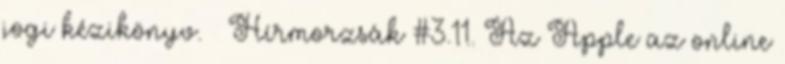
jogi kézikönyv. – Hírmorzsák #3.11. Az Apple az online